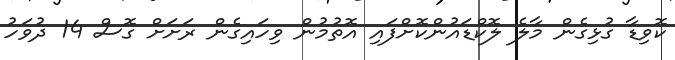
ކޮވިޑާ ގުޅިގެން މާލެ ލޮކްޑައުންކޮށްފައި އޮތުމުން ވިހައިގެން ރަށަށް ގޮސް 14 ދުވަހު